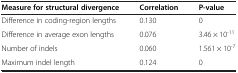
| Measure for structural divergence | Correlation | P-value |
 | --- | --- | --- |
 | Difference in coding-region lengths | 0.130 | 0 |
 | Difference in average exon lengths | 0.076 | 3.46 × 10-11 |
 | Number of indels | 0.060 | 1.561 × 10-7 |
 | Maximum indel length | 0.124 | 0 |